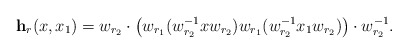
\begin{align*} \textbf{h}_r(x,x_1)=w_{r_2}\cdot \left(w_{r_1}(w_{r_2}^{-1}xw_{r_2})w_{r_1}(w_{r_2}^{-1}x_1w_{r_2})\right)\cdot w_{r_2}^{-1}.\end{align*}